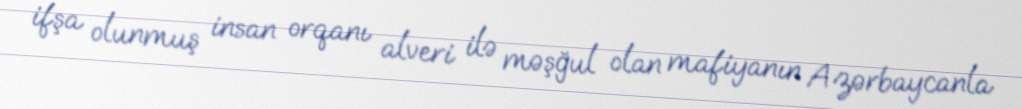
ifşa olunmuş insan orqanı alveri ilə məşğul olan mafiyanın Azərbaycanla